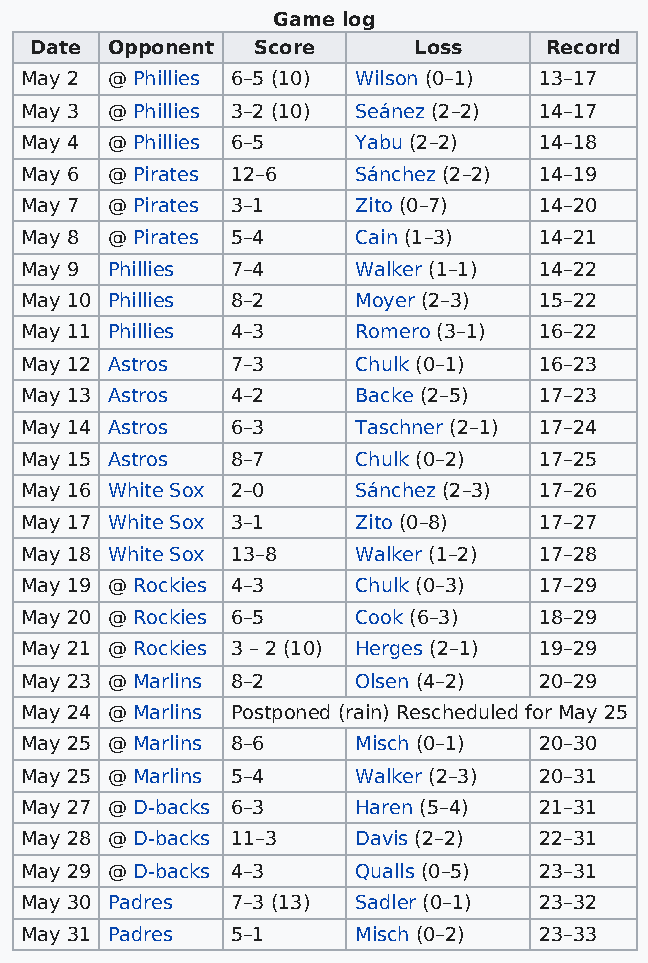
Game log
 Date Opponent  Score     Loss     Record
 May 2 @ Phillies 6–5 (10) Wilson (0–1) 13–17
 May 3 @ Phillies 3–2 (10) Seánez (2–2) 14–17
 May 4 @ Phillies 6–5   Yabu (2–2)  14–18
 May 6 @ Pirates 12–6   Sánchez (2–2) 14–19
 May 7 @ Pirates 3–1    Zito (0–7)  14–20
 May 8 @ Pirates 5–4    Cain (1–3)  14–21
 May 9 Phillies 7–4     Walker (1–1) 14–22
 May 10 Phillies 8–2    Moyer (2–3) 15–22
 May 11 Phillies 4–3    Romero (3–1) 16–22
 May 12 Astros 7–3      Chulk (0–1) 16–23
 May 13 Astros 4–2      Backe (2–5) 17–23
 May 14 Astros 6–3      Taschner (2–1) 17–24
 May 15 Astros 8–7      Chulk (0–2) 17–25
 May 16 White Sox 2–0   Sánchez (2–3) 17–26
 May 17 White Sox 3–1   Zito (0–8)  17–27
 May 18 White Sox 13–8  Walker (1–2) 17–28
 May 19 @ Rockies 4–3   Chulk (0–3) 17–29
 May 20 @ Rockies 6–5   Cook (6–3)  18–29
 May 21 @ Rockies 3 – 2 (10) Herges (2–1) 19–29
 May 23 @ Marlins 8–2   Olsen (4–2) 20–29
 May 24 @ Marlins Postponed (rain) Rescheduled for May 25
 May 25 @ Marlins 8–6   Misch (0–1) 20–30
 May 25 @ Marlins 5–4   Walker (2–3) 20–31
 May 27 @ D-backs 6–3   Haren (5–4) 21–31
 May 28 @ D-backs 11–3  Davis (2–2) 22–31
 May 29 @ D-backs 4–3   Qualls (0–5) 23–31
 May 30 Padres 7–3 (13) Sadler (0–1) 23–32
 May 31 Padres 5–1      Misch (0–2) 23–33